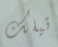
تيلك